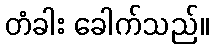
တံခါး ခေါက်သည်။